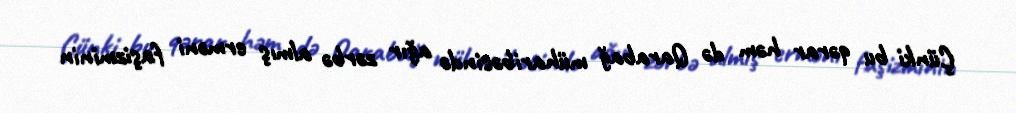
Çünki bu qərar həm də Qarabağ müharibəsində ağır zərbə almış erməni faşizminin